Leningradi_Edasi_toimetus, lk 111
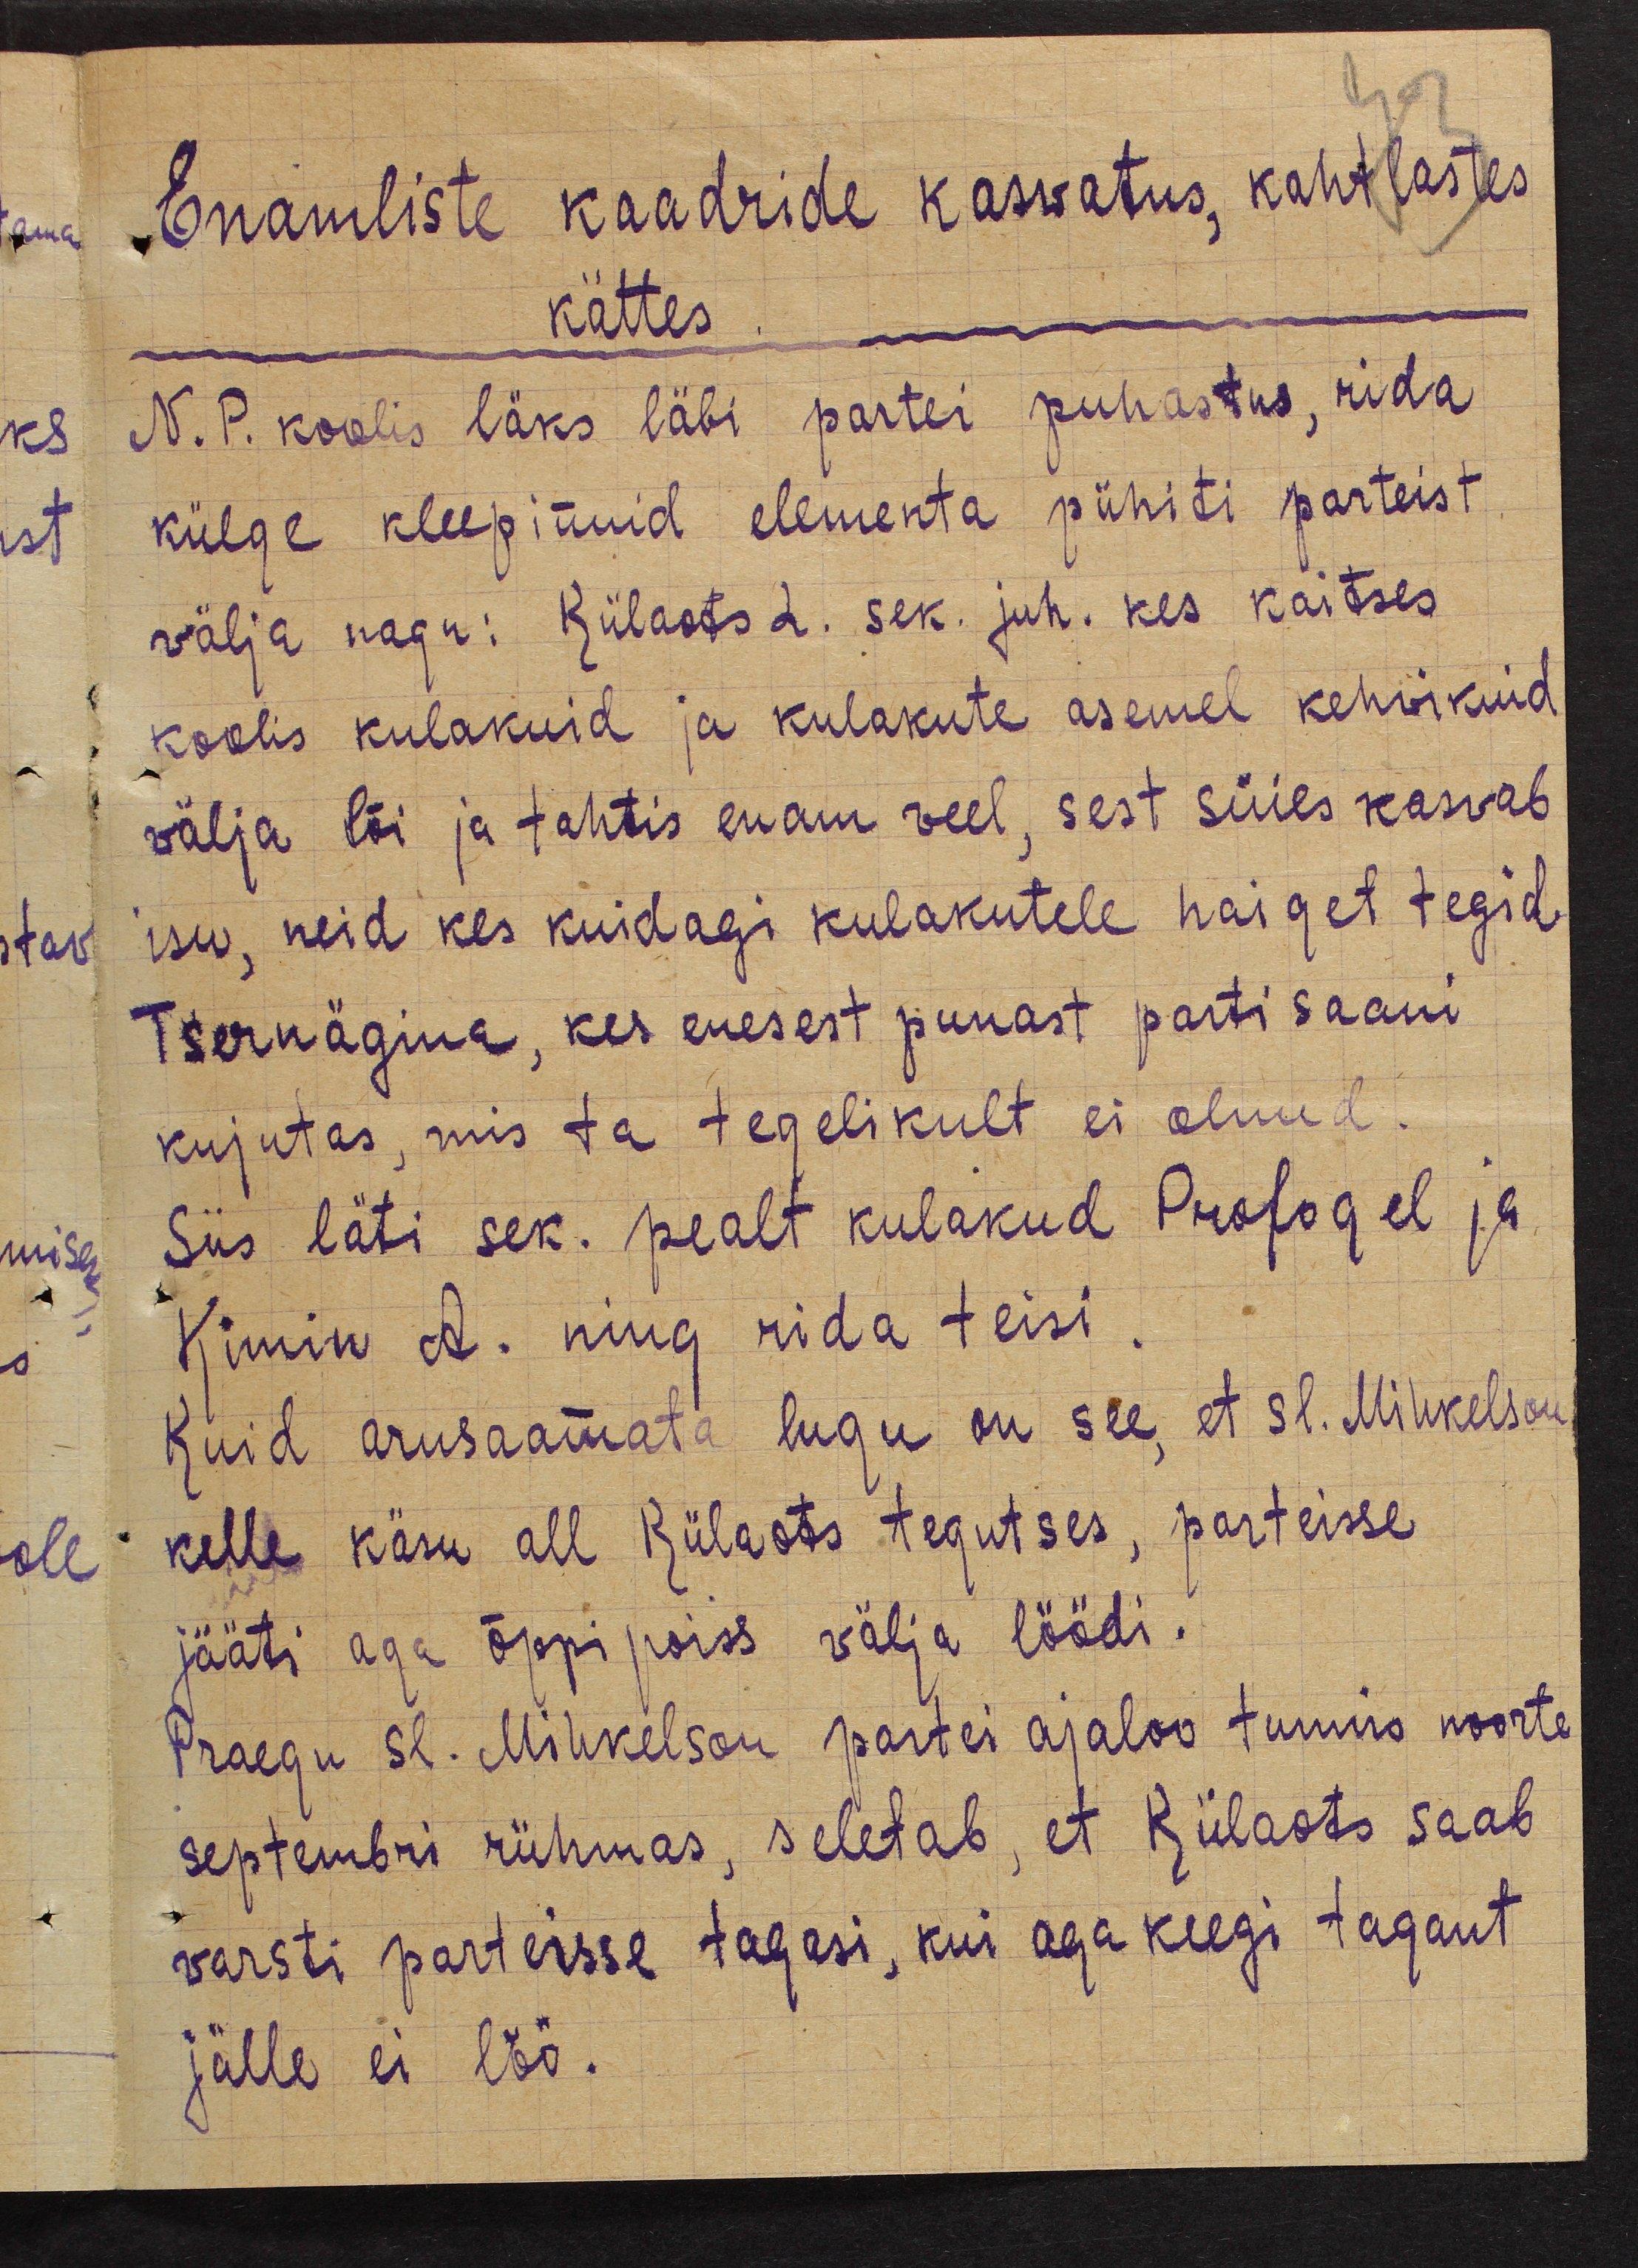
Enamliste kaadride kasvatus, kahtlastes
kättes.
N. P. koolis läks läbi partei puhastus, rida
külge kleepinuid elementa pühiti parteist
välja nagu: Külaots L. sek juh. kes kaitses
koolis kulakuid ja kulakute asemel kehvikuid
välja lõi ja tahtis enam veel, sest süies kasvab
isu, neid kes kuidagi kulakutele haiget tegid
Tsernägina, kes enesest punast partisaani
kujutas, mis ta tegelikult ei olnud.
Siis läti sek. pealt kulakud Profogel ja
Kimin A. ning rida teisi.
Kuid arusaamata lugu on see, et sl. Mihkelson
kelle käsu all Külaots tegutses, parteisse
jääti aga õppipoiss välja löödi.
Praegu sl. Mihkelson partei ajaloo tunnis noorte
septembri rühmas, seletab, et Külaots saab
varsti parteisse tagasi, kui aga keegi tagant
jälle ei löö.